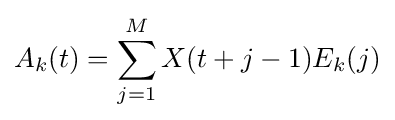
A_{k}(t)=\sum _{j=1}^{M}X(t+j-1)E_{k}(j)